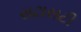
સટાસટી